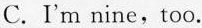
C.I'm nine,too.